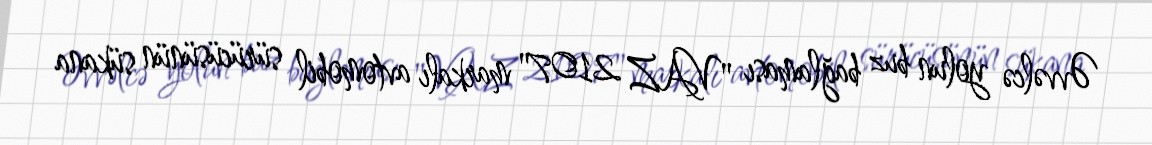
Əvvəlcə yolun buz bağlaması "VAZ 2107" markalı avtomobil sürücüsünün sükana